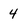
Character: 4